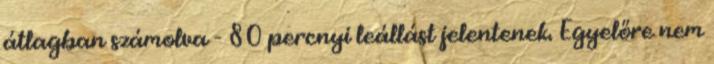
átlagban számolva - 80 percnyi leállást jelentenek. Egyelőre nem